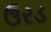
ઉરડ